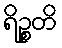
ရိဉ္စတိ